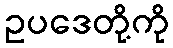
ဥပဒေတို့ကို